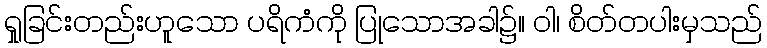
ရှုခြင်းတည်းဟူသော ပရိကံကို ပြုသောအခါ၌။ ဝါ၊ စိတ်တပါးမှသည်